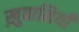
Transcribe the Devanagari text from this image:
ख़ुबानियाँ